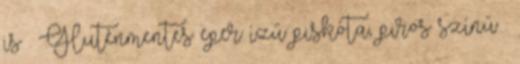
is . Gluténmentes eper ízű piskóta, piros színű .